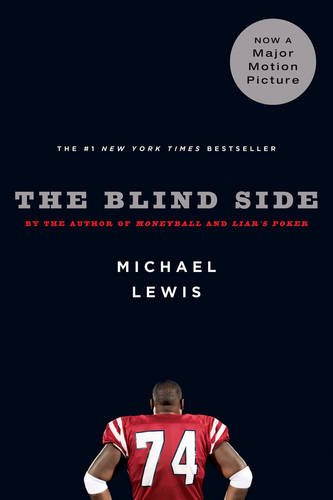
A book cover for The Blind Side: Evolution of a Game; Michael Lewis; Biographies & Memoirs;